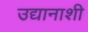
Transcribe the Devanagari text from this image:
उद्यानाशी